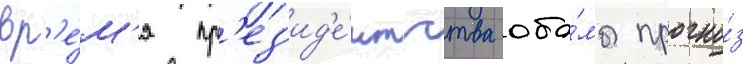
вр'е́м'я пр'ез'ид'е́нтства оба́мы прогно́з